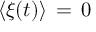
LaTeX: \langle \xi ( t ) \rangle \, = \, 0